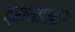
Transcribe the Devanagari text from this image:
ट्रॉमडेउटुंग